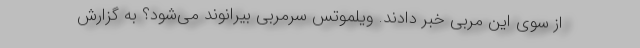
از سوی این مربی خبر دادند. ویلموتس سرمربی بیرانوند می‌شود؟ به گزارش